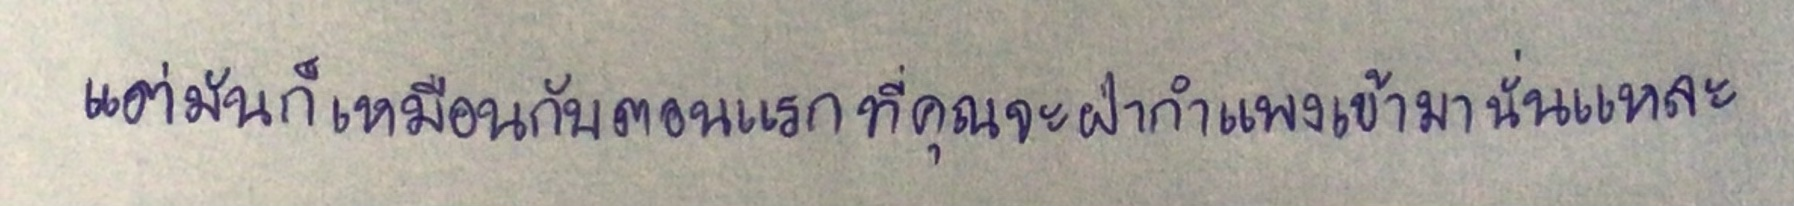
แต่มันก็เหมือนกับตอนแรกที่คุณจะฝ่ากำแพงเข้ามานั่นแหละ